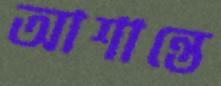
আশান্তে